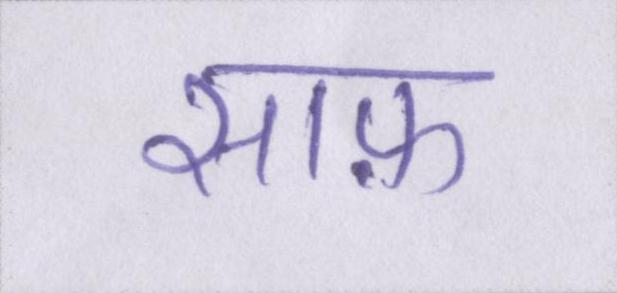
साफ़